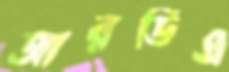
আরডিএ